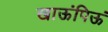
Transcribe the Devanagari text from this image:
खाऊंपिऊं